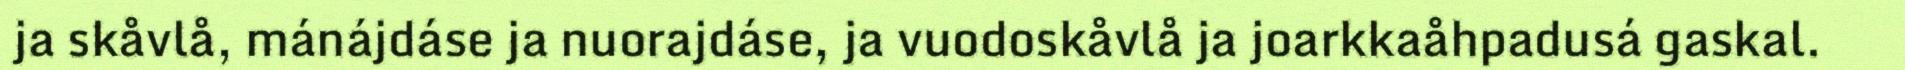
ja skåvlå, mánájdáse ja nuorajdáse, ja vuodoskåvlå ja joarkkaåhpadusá gaskal.